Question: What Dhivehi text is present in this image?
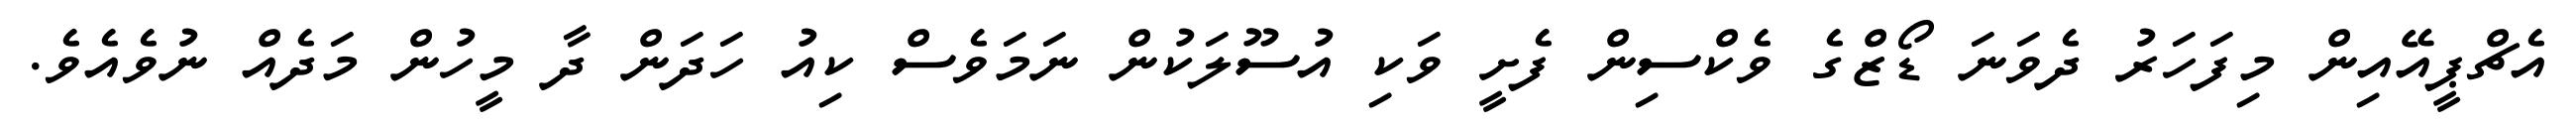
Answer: އެޗްޕީއޭއިން މިފަހަރު ދެވަނަ ޑޯޒްގެ ވެކްސިން ފެށީ ވަކި އުސޫލަކުން ނަމަވެސް ކިއު ހަދަން ދާ މީހުން މަދެއް ނުވެއެވެ.